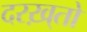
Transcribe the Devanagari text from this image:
दरख़्तो